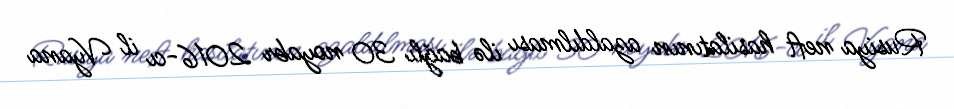
Rusiya neft hasilatının azaldılması ilə bağlı 30 noyabr 2016-cı il Vyana